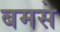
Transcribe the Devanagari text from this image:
बमसे